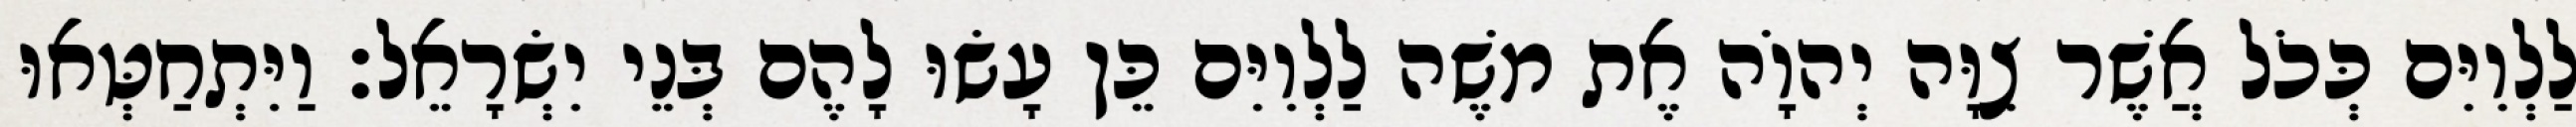
לַלְוִיִּם כְּכֹל אֲשֶׁר צִוָּה יְהוָֹה אֶת משֶׁה לַלְוִיִּם כֵּן עָשׂוּ לָהֶם בְּנֵי יִשְׂרָאֵל׃ וַיִּתְחַטְּאוּ